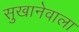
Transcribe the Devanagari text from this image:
सुखानेवाला